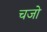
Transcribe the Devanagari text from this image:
चजो